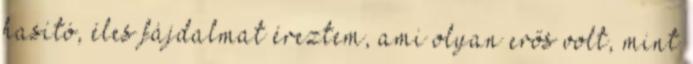
hasító, éles fájdalmat érez­tem, ami olyan erős volt, mint